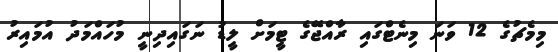
މިމެޗުގެ 12 ވަނަ މިނެޓްގައި ރާއްޖޭގެ ޓީމަށް ލީޑު ނަގައިދިނީ މުހައްމަދު އުމައިރު